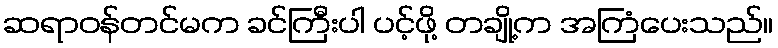
ဆရာဝန်တင်မက ခင်ကြီးပါ ပင့်ဖို့ တချို့က အကြံပေးသည်။